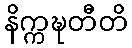
နိက္ကဍ္ဎတီတိ